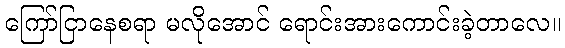
ကြော်ငြာနေစရာ မလိုအောင် ရောင်းအားကောင်းခဲ့တာလေ။